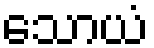
သောယံ